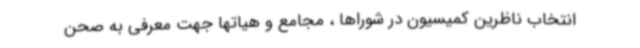
انتخاب ناظرین کمیسیون در شوراها ، مجامع و هیاتها جهت معرفی به صحن